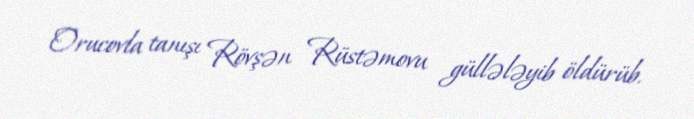
Orucovla tanışı Rövşən Rüstəmovu güllələyib öldürüb.